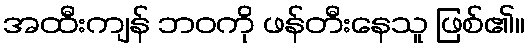
အထီးကျန် ဘဝကို ဖန်တီးနေသူ ဖြစ်၏။